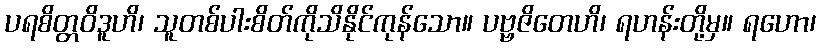
ပရစိတ္တဝိဒူဟိ၊ သူတစ်ပါးစိတ်ကိုသိနိုင်ကုန်သော။ ပဗ္ဗဇိတေဟိ၊ ရဟန်းတို့မှ။ ရဟော၊